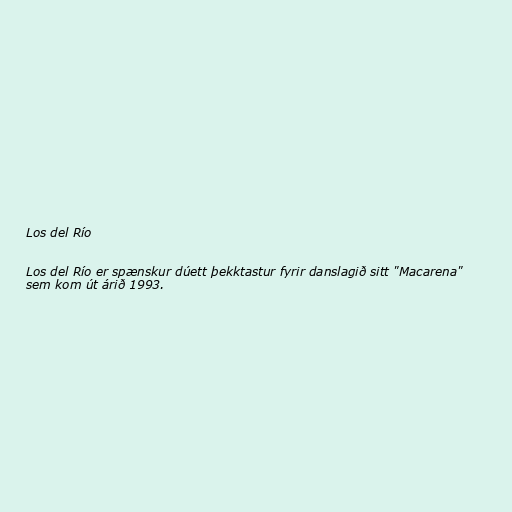
Los del Río

Los del Río er spænskur dúett þekktastur fyrir danslagið sitt "Macarena"
sem kom út árið 1993.